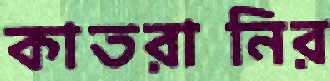
কাতরানির